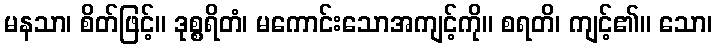
မနသာ၊ စိတ်ဖြင့်။ ဒုစ္စရိတံ၊ မကောင်းသောအကျင့်ကို။ စရတိ၊ ကျင့်၏။ သော၊